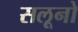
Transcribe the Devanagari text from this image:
सलूनो